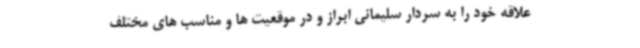
علاقه خود را به سردار سلیمانی ابراز و در موقعیت ها و مناسب های مختلف